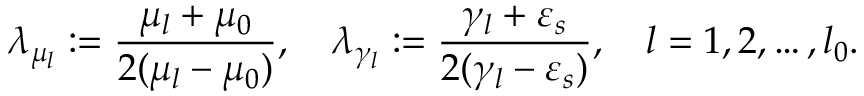
\lambda _ { \mu _ { l } } : = \frac { \mu _ { l } + \mu _ { 0 } } { 2 ( \mu _ { l } - \mu _ { 0 } ) } , \quad \lambda _ { \gamma _ { l } } : = \frac { \gamma _ { l } + \varepsilon _ { s } } { 2 ( \gamma _ { l } - \varepsilon _ { s } ) } , \quad l = 1 , 2 , \ldots , l _ { 0 } .